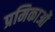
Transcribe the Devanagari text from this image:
प्रमिकाओं